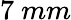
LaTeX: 7~mm